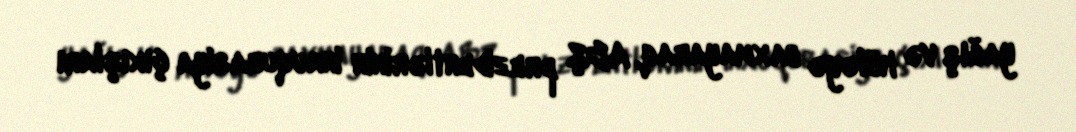
yağış və küləyə baxmayaraq, ABŞ prezidentlərinin inauqurasiya çıxışları